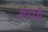
મરઘી